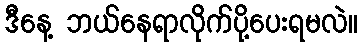
ဒီနေ့ ဘယ်နေရာလိုက်ပို့ပေးရမလဲ။